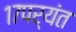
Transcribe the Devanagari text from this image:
१७पर्यंत